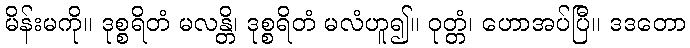
မိန်းမကို။ ဒုစ္စရိတံ မလန္တိ၊ ဒုစ္စရိတံ မလံဟူ၍။ ဝုတ္တံ၊ ဟောအပ်ပြီ။ ဒဒတော